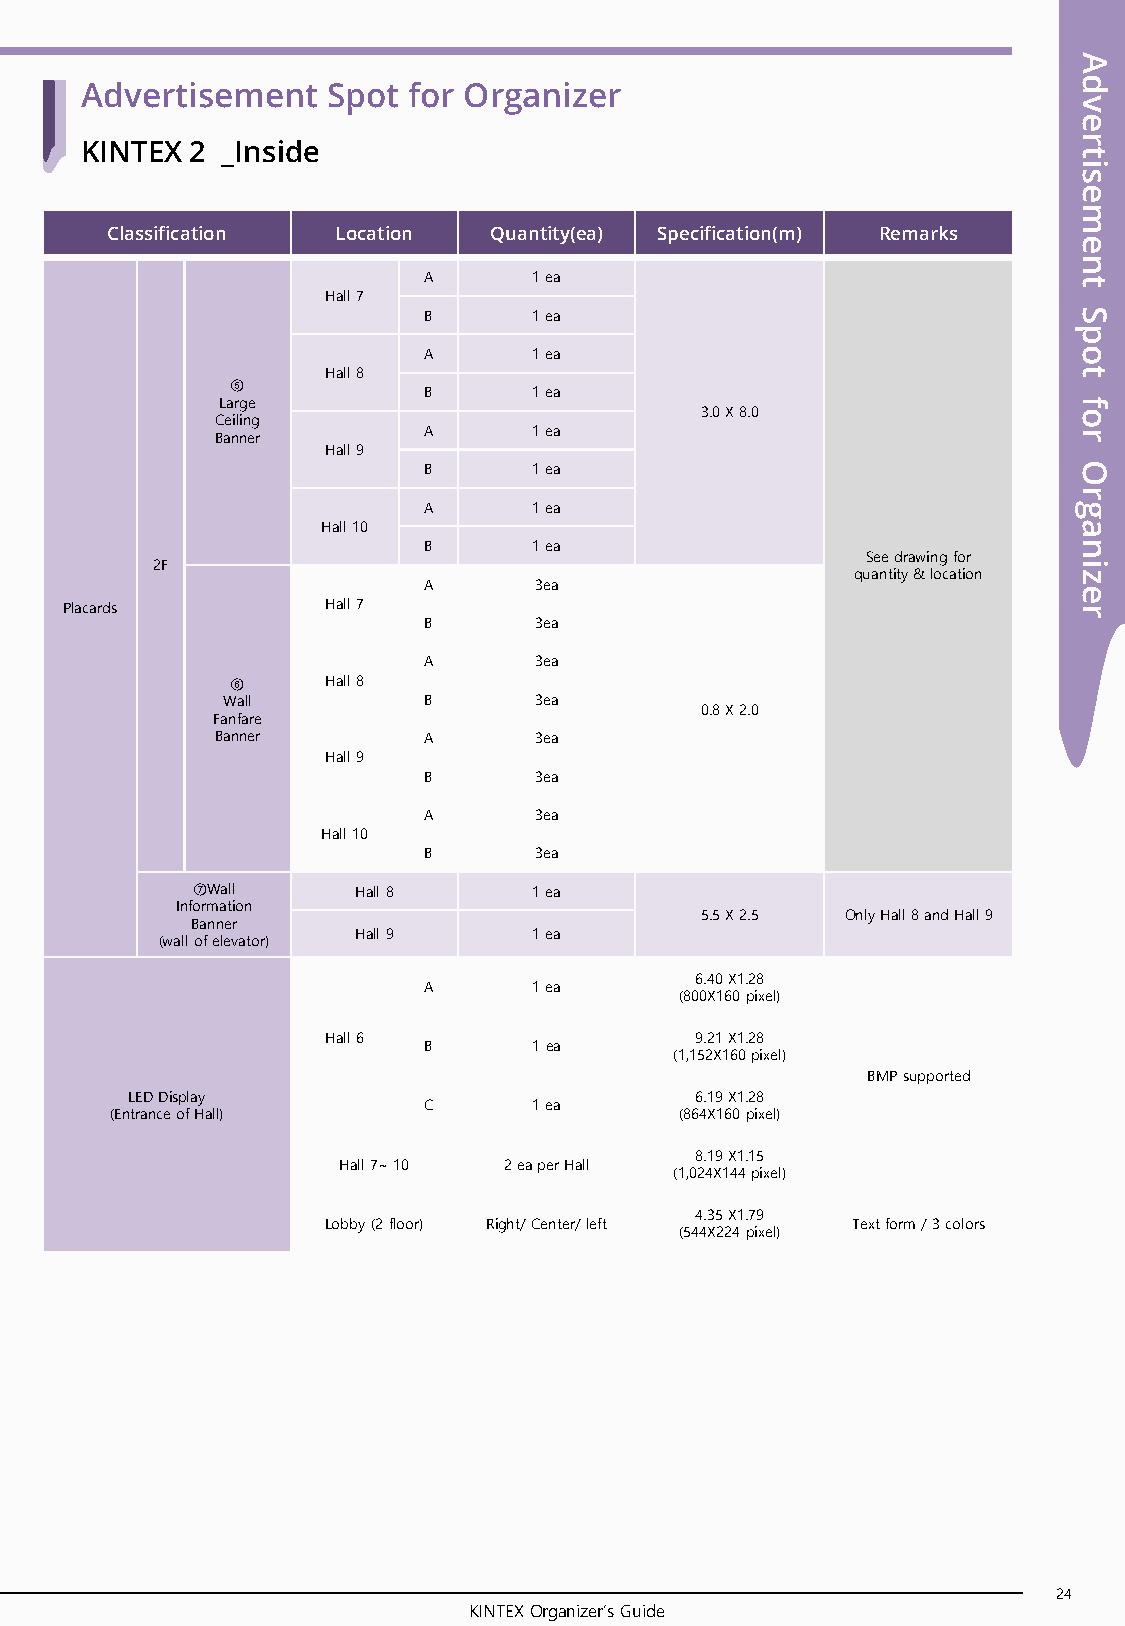
A
 d
 Advertisement    Spot for Organizer
 v
 e
 r
 KINTEX  2 _Inside                                                 t
 i
 s
 e
 m
 Classification Location  Quantity(ea) Specification(m) Remarks
 e
 n
 A      1 ea                                t
 Hall 7
 B      1 ea                                S
 p
 A      1 ea                                o
 Hall 8                                           t
 ⑤
 B      1 ea
 Large                                                   f
 Ceiling                         3.0 X 8.0                o
 Banner        A      1 ea                                r
 Hall 9
 B      1 ea                                O
 r
 A      1 ea                                g
 Hall 10                                           a
 B      1 ea                                n
 See drawing for
 2F                                                           i
 quantity & location z
 A      3ea
 e
 Placards          Hall 7                                           r
 B      3ea
 A      3ea
 ⑥      Hall 8
 Wall         B      3ea
 0.8 X 2.0
 Fanfare
 Banner        A      3ea
 Hall 9
 B      3ea
 A      3ea
 Hall 10
 B      3ea
 ⑦Wall      Hall 8     1 ea
 Information
 5.5 X 2.5 Only Hall 8 and Hall 9
 Banner
 Hall 9     1 ea
 (wall of elevator)
 6.40 X1.28
 A      1 ea
 (800X160 pixel)
 Hall 6                  9.21 X1.28
 B      1 ea
 (1,152X160 pixel)
 BMP supported
 LED Display                           6.19 X1.28
 C      1 ea
 (Entrance of Hall)                    (864X160 pixel)
 8.19 X1.15
 Hall 7~ 10 2 ea per Hall
 (1,024X144 pixel)
 4.35 X1.79
 Lobby (2 floor) Right/ Center/ left Text form / 3 colors
 (544X224 pixel)
 24
 KINTEX Organizer’s Guide